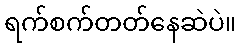
ရက်စက်တတ်နေဆဲပဲ။